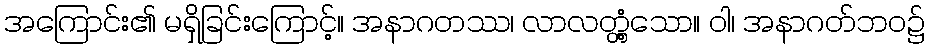
အကြောင်း၏ မရှိခြင်းကြောင့်။ အနာဂတဿ၊ လာလတ္တံ့သော။ ဝါ၊ အနာဂတ်ဘဝ၌